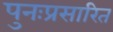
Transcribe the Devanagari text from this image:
पुनःप्रसारित